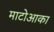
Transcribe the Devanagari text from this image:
माटोआका